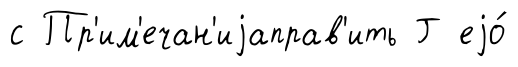
с Пр'им'ечан'иjаправ'ить Г еjо́